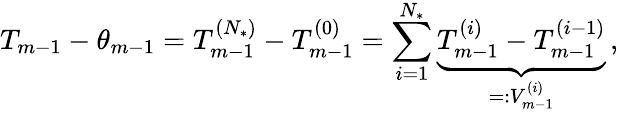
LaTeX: T_{m-1}-\theta_{m-1}=T_{m-1}^{({N_{*}})}-T_{m-1}^{(0)}=\sum_{i=1}^{{N_{*}}}\underbrace{T_{m-1}^{(i)}-T_{m-1}^{(i-1)}}_{=:V_{m-1}^{(i)}}\, ,